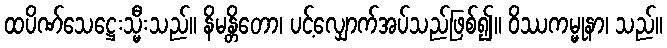
ထပိဏ်သေဋ္ဌေးသ္မီးသည်။ နိမန္တိတော၊ ပင့်လျှောက်အပ်သည်ဖြစ်၍။ ဝိဿကမ္မုနာ၊ သည်။